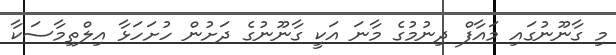
މި ގާނޫނުގައި މައާފް ދިނުމުގެ މާނަ އަކީ ގާނޫނުގެ ދަށުން ހުށަހަޅާ އިލްތިމާސަކާ